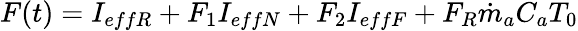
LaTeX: \begin{array}{r}{F(t)=I_{effR}+F_{1}I_{effN}+F_{2}I_{effF}+F_{R}{\dot{m}}_{a}C_{a}T_{0}}\end{array}